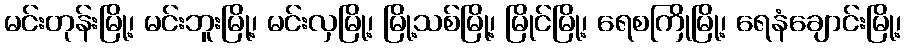
မင်းတုန်းမြို့၊ မင်းဘူးမြို့၊ မင်းလှမြို့၊ မြို့သစ်မြို့၊ မြိုင်မြို့၊ ရေစကြိုမြို့၊ ရေနံချောင်းမြို့၊